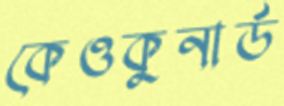
কেওকুনার্ড